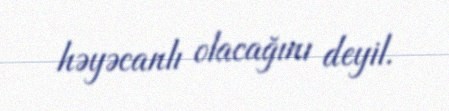
həyəcanlı olacağını deyil.